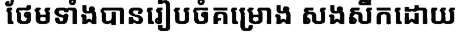
ថែមទាំងបានរៀបចំគម្រោង សងសឹកដោយ